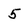
Character: 5